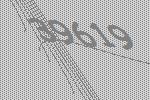
39619